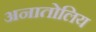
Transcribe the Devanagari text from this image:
अनातोलिय